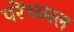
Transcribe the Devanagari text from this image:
परेंच्य्मल